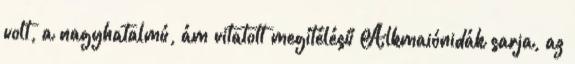
volt, a nagyhatalmú, ám vitatott megítélésű Alkmaiónidák sarja, az